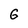
Character: G